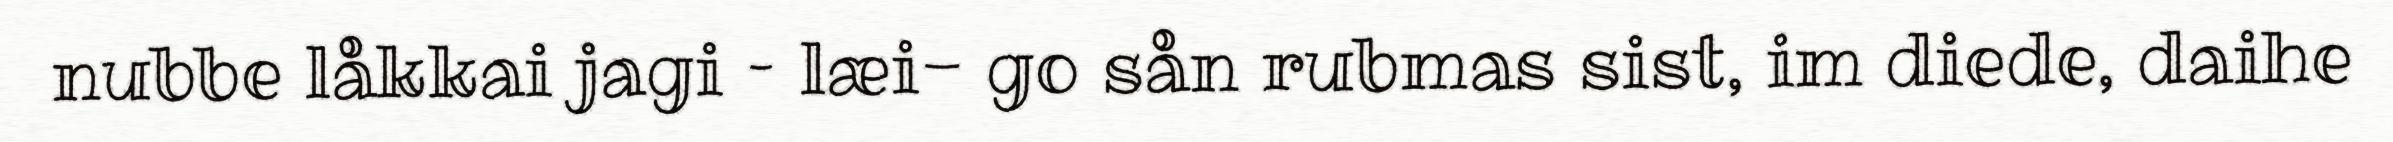
nubbe låkkai jagi – læi- go sån rubmas sist, im diede, daihe